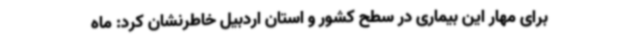
برای مهار این بیماری در سطح کشور و استان اردبیل خاطرنشان کرد: ماه